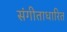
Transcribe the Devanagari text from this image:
संगीताधारित